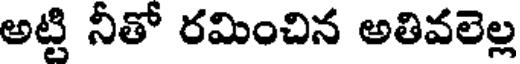
అట్టి నీతో రమించిన అతివలెల్ల